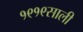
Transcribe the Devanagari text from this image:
१९१९साली